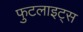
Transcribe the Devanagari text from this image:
फुटलाइट्स